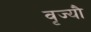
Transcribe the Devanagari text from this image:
वृज्यौ